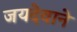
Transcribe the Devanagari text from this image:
जयदेवाने